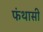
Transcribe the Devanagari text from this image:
फंथासी